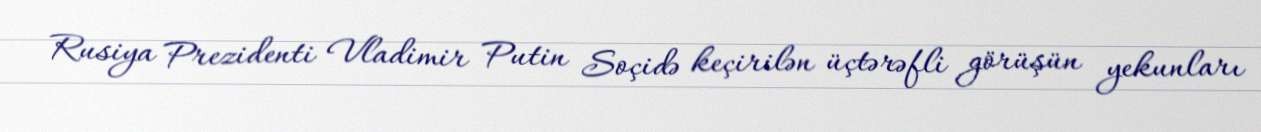
Rusiya Prezidenti Vladimir Putin Soçidə keçirilən üçtərəfli görüşün yekunları